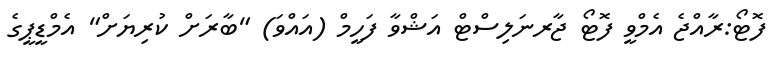
ފޮޓޯ:ރާއްޖެ އެމްވީ ފޮޓޯ ޖާރނަލިސްޓް އަޝްވާ ފަހީމް (އައްވަ) "ބާރަށް ކުރިޔަށް" އެމްޑީޕީގެ